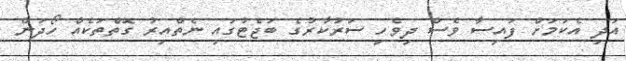
އަދި އެކަމަށް ފައިސާ ވެސް ދިވެހި ސަރުކާރުގެ ބަޖެޓުގައި ނެތްއިރު ގޮތްތަކެއް ހޯދަން